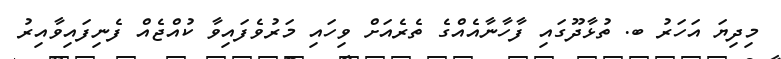
މިދިޔަ އަހަރު ބ. ތުޅާދޫގައި ފާހާނާއެއްގެ ތެރެއަށް ވިހައި މަރުވެފައިވާ ކުއްޖެއް ފެނިފައިވާއިރު